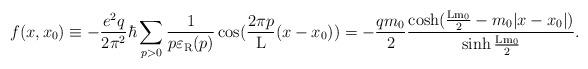
LaTeX: \begin{align*}f(x,x_0) \equiv - \frac{e^2q}{2{\pi}^2} \hbar \sum_{p>0}\frac{1}{p\varepsilon_{\rm R}(p)} \cos(\frac{2\pi p}{\rm L}(x-x_0)) =- \frac{qm_0}{2} \frac{\cosh(\frac{\rm L m_0}{2} - m_0|x-x_0|)}{\sinh{\frac{\rm L m_0}{2}}}.\end{align*}